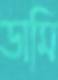
ডামি